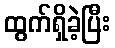
ထွက်ရှိခဲ့ပြီး